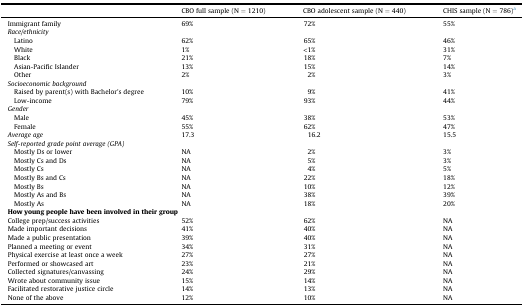
|  | CBO full sample (N = 1210) | CBO adolescent sample (N = 440) | CHIS sample (N = 786)a |
 | --- | --- | --- | --- |
 | Immigrant family | 69% | 72% | 55% |
 | <COLSPAN=4> Race/ethnicity |
 | Latino | 62% | 65% | 46% |
 | White | 1% | <1% | 31% |
 | Black | 21% | 18% | 7% |
 | Asian-Pacific Islander | 13% | 15% | 14% |
 | Other | 2% | 2% | 3% |
 | <COLSPAN=4> Socioeconomic background |
 | Raised by parent(s) with Bachelor's degree | 10% | 9% | 41% |
 | Low-income | 79% | 93% | 44% |
 | <COLSPAN=4> Gender |
 | Male | 45% | 38% | 53% |
 | Female | 55% | 62% | 47% |
 | Average age | 17.3 | 16.2 | 15.5 |
 | <COLSPAN=4> Self-reported grade point average (GPA) |
 | Mostly Ds or lower | NA | 2% | 3% |
 | Mostly Cs and Ds | NA | 5% | 3% |
 | Mostly Cs | NA | 4% | 5% |
 | Mostly Bs and Cs | NA | 22% | 18% |
 | Mostly Bs | NA | 10% | 12% |
 | Mostly As and Bs | NA | 38% | 39% |
 | Mostly As | NA | 18% | 20% |
 | <COLSPAN=4> How young people have been involved in their group |
 | College prep/success activities | 52% | 62% | NA |
 | Made important decisions | 41% | 40% | NA |
 | Made a public presentation | 39% | 40% | NA |
 | Planned a meeting or event | 34% | 31% | NA |
 | Physical exercise at least once a week | 27% | 27% | NA |
 | Performed or showcased art | 23% | 21% | NA |
 | Collected signatures/canvassing | 24% | 29% | NA |
 | Wrote about community issue | 15% | 14% | NA |
 | Facilitated restorative justice circle | 14% | 13% | NA |
 | None of the above | 12% | 10% | NA |